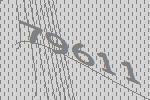
79611